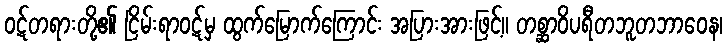
ဝဋ်တရားတို့၏ ငြိမ်းရာဝဋ်မှ ထွက်မြောက်ကြောင်း အပြားအားဖြင့်။ တစ္ဆာဝိပရီတဘူတဘာဝေန၊